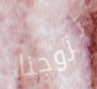
تزوجنا